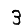
Digit: 3